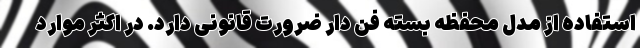
استفاده از مدل محفظه بسته فن دار ضرورت قانونی دارد. در اکثر موارد